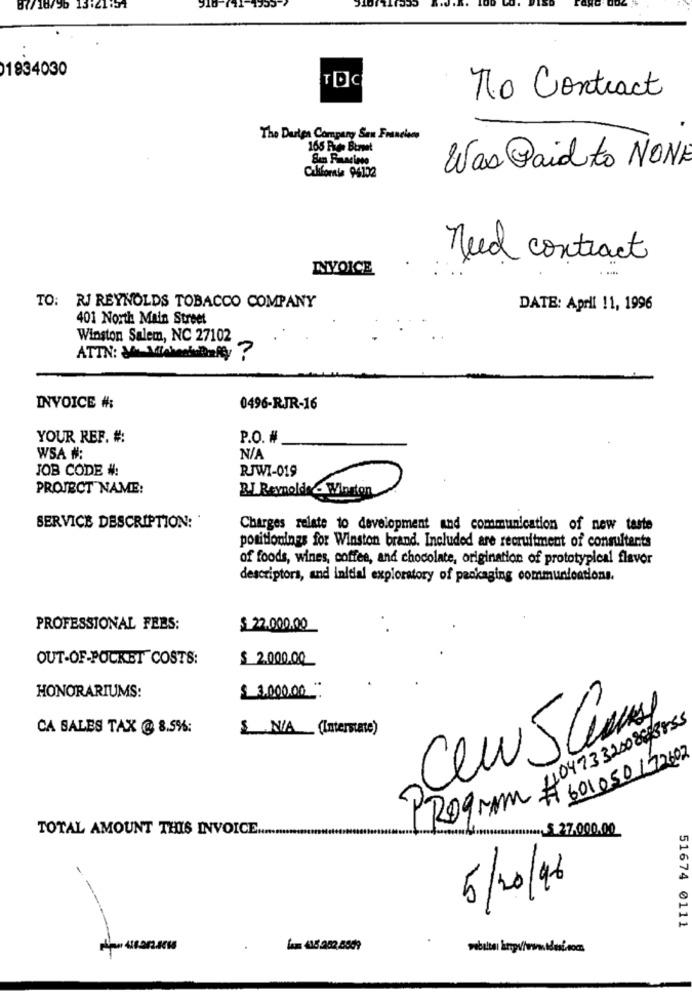
87/18/96 13:21:51
1834030
No Contract
The Darten Company San Francien
165 Rue Btmet
Was Paid to NONE
Californie 94102
need contract
INVOICE
TO: RJ REYNOLDS TOBACCO COMPANY
DATE: Aprll 11, 1996
401 North Main Street
Winston Salem, NC 27102
ATTN: So WiehochBuffy ?
INVOICE #:
0496-RJR-16
YOUR REF. #:
P.O. #
WSA #:
JOB CODE #:
RJWI-019
PROJECT NAME:
BI Reynolds & Winston
SERVICE DESCRIPTION: '
Charges relate to development and communication of new taste
positionings for Winston brand. Included are recruitment of consultants
of foods, wines, coffee, and chocolate, origination of prototypical flavor
descriptors, and initial exploratory of packaging communications.
PROFESSIONAL FEBS:
$ 22.000.00
OUT-OF-POCKET COSTS:
$ 2000.00
HONORARIUMS:
£ 3.000.00 .
404733200863855
CA SALES TAX @ 8.5%%:
$ NA __ (Interstate)
/
-
601050172602
PROgram #
TOTAL AMOUNT THIS INVOICE ...
.- S 27.000.00
5/20/16
51674 0111
.